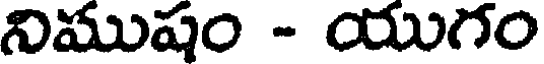
నిముషం - యుగం